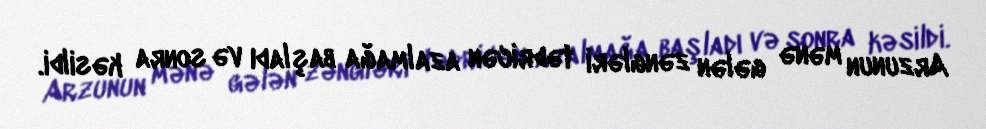
Arzunun mənə gələn zəngləri tədricən azalmağa başladı və sonra kəsildi.